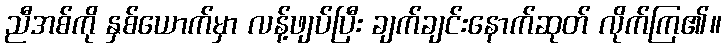
ညီအစ်ကို နှစ်ယောက်မှာ လန့်ဖျပ်ပြီး ချက်ချင်းနောက်ဆုတ် လိုက်ကြ၏။